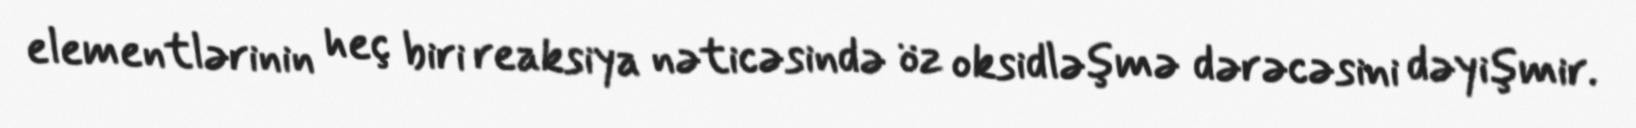
elementlərinin heç biri reaksiya nəticəsində öz oksidləşmə dərəcəsini dəyişmir.